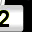
Digit: 2